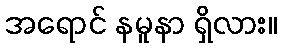
အရောင် နမူနာ ရှိလား။